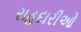
રાહદારીઓ